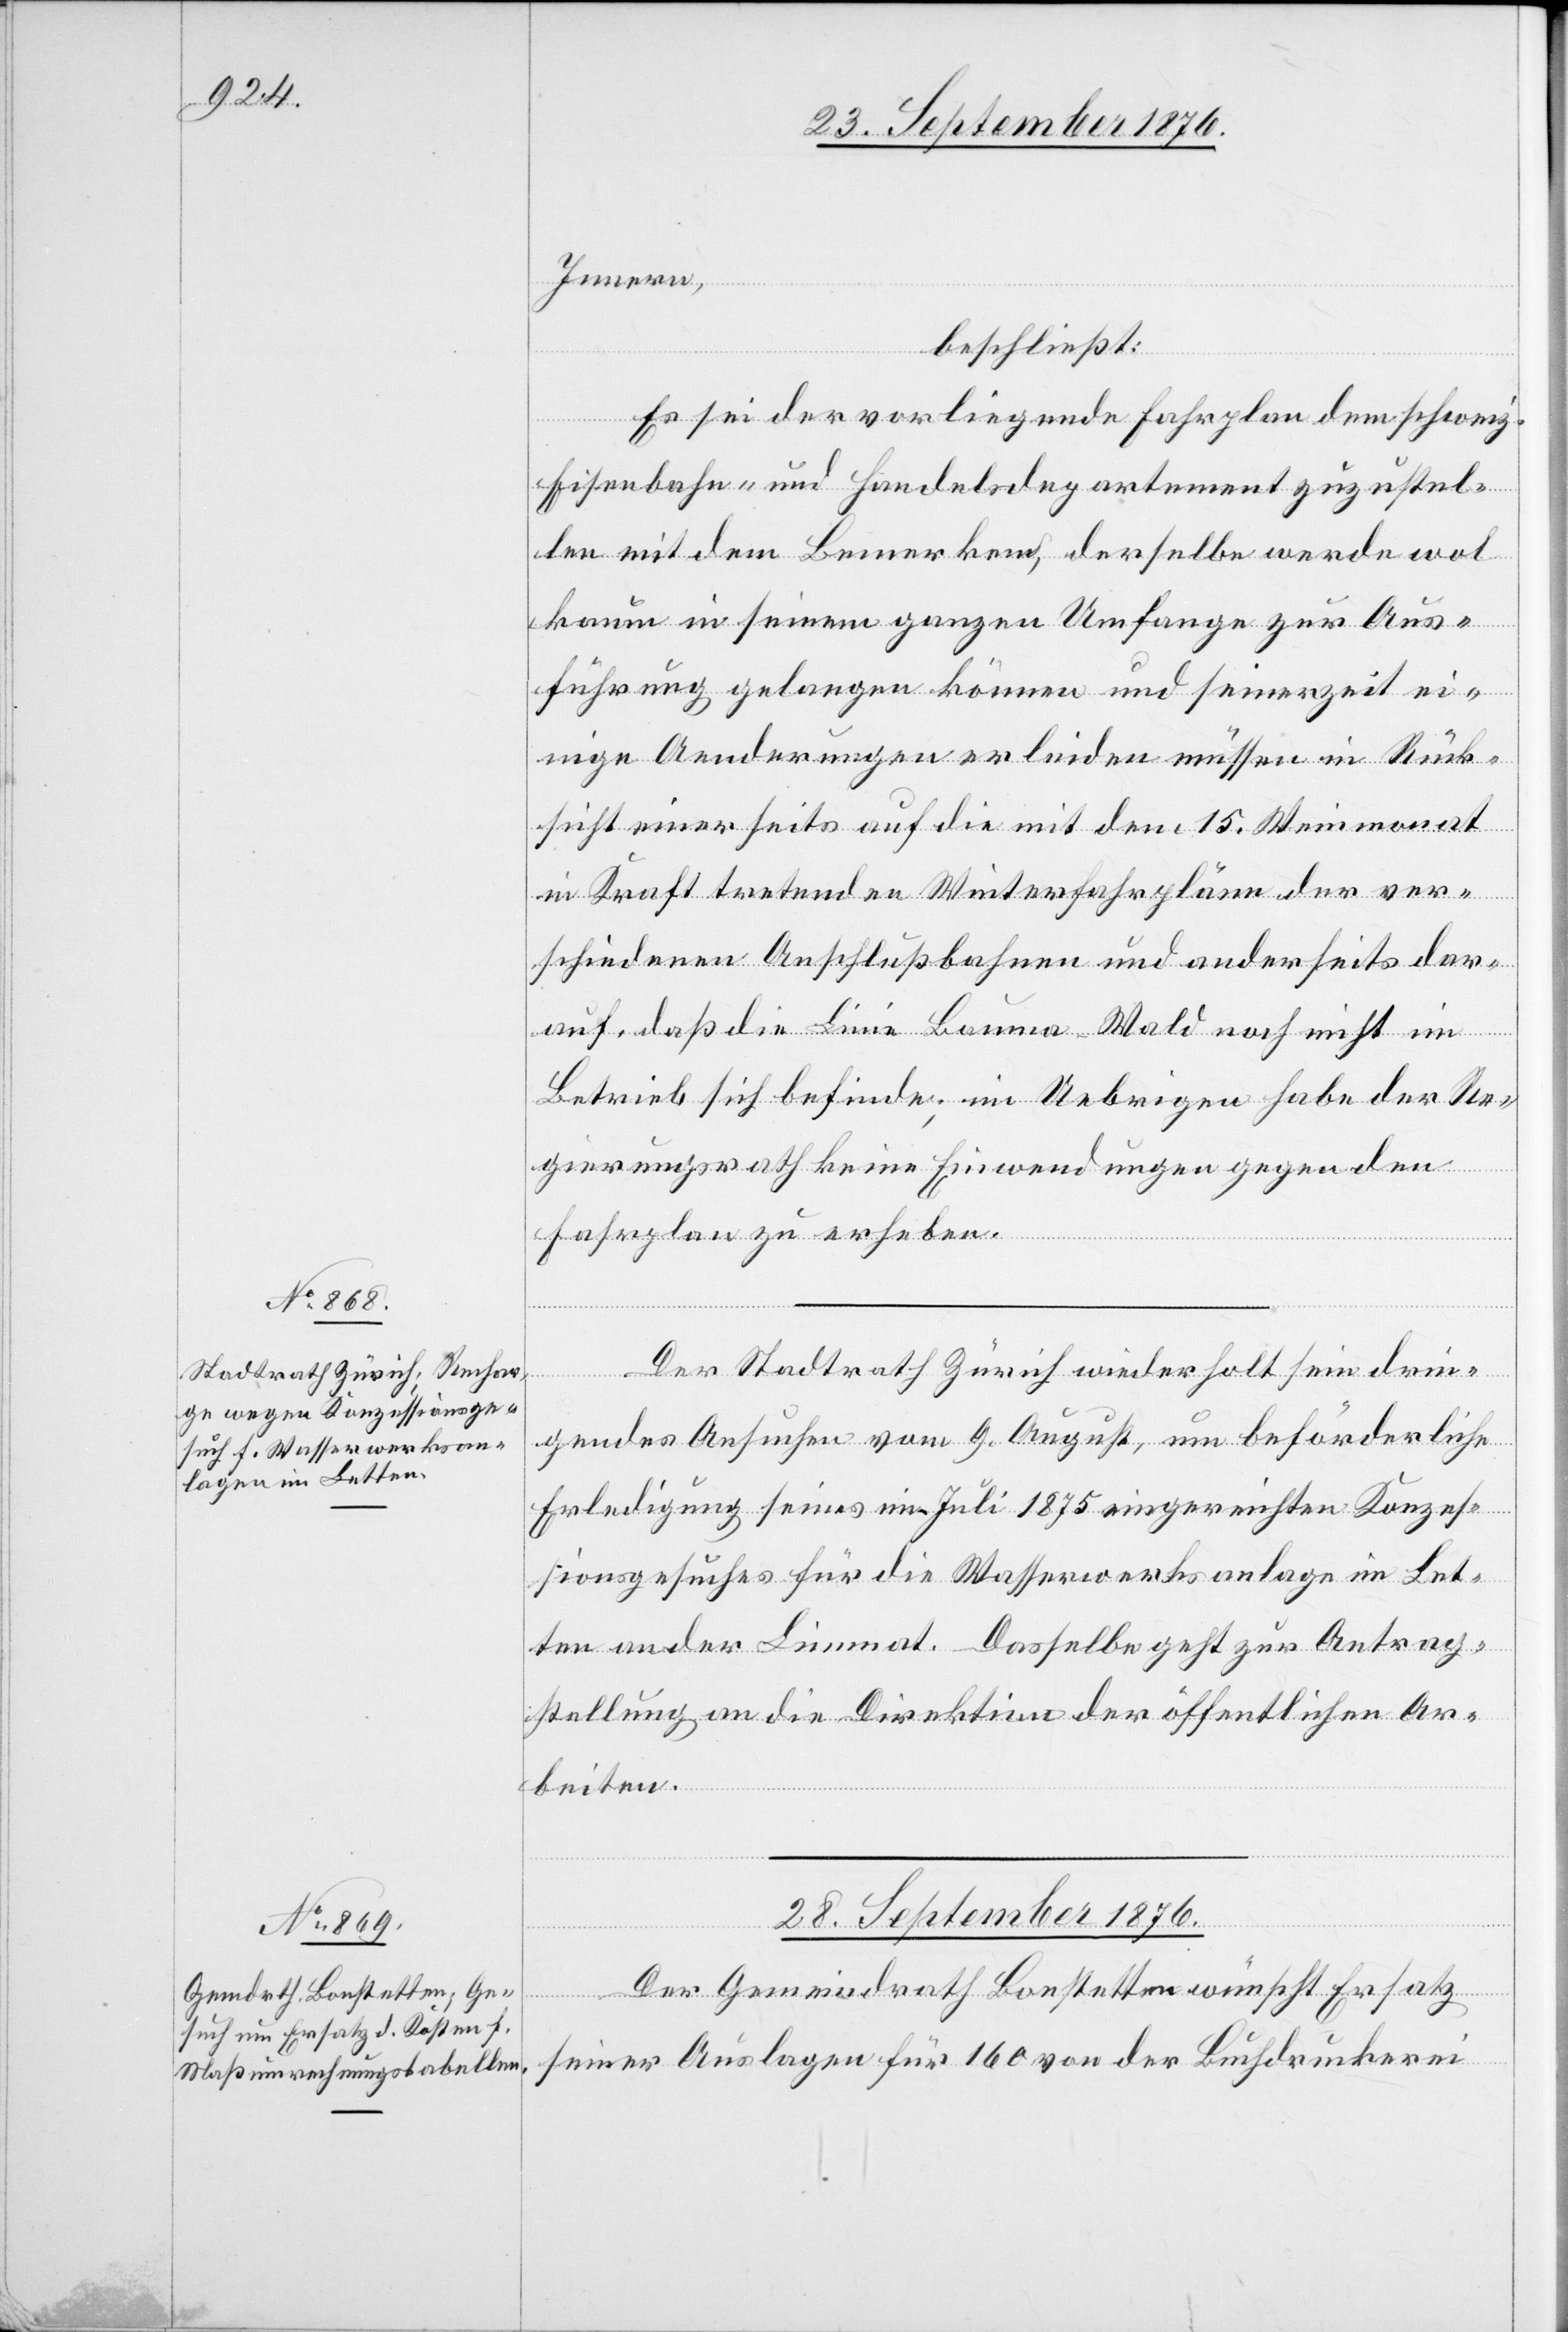
Innern,
beschließt:
Es sei der vorliegende Fahrplan dem schweiz.
Eisenbahn- und Handelsdepartement zuzustel¬
len mit dem Bemerken, derselbe werde wol
kaum in seinem ganzen Umfange zur Aus¬
führung gelangen können und seinerzeit ei¬
nige Aenderungen erleiden müssen in Rück¬
sicht einerseits auf die mit dem 15. Weinmonat
in Kraft tretenden Winterfahrpläne der ver¬
schiedenen Anschlußbahnen und anderseits dar¬
auf, daß die Linie Bauma–Wald noch nicht im
Betrieb sich befinde; im Uebrigen habe der Re¬
gierungsrath keine Einwendungen gegen den
Fahrplan zu erheben.
Der Stadtrath Zürich wiederholt sein drin¬
gendes Ansuchen vom 9. August, um beförderliche
Erledigung seines im Juli 1875 eingereichten Konzes¬
sionsgesuches für die Wasserwerksanlage im Let¬
ten an der Limmat. Dasselbe geht zur Antrag¬
stellung an die Direktion der öffentlichen Ar¬
beiten.
28. September 1876.
Der Gemeindrath Bonstetten wünscht Ersatz
seiner Auslagen für 160 von der Buchdruckerei